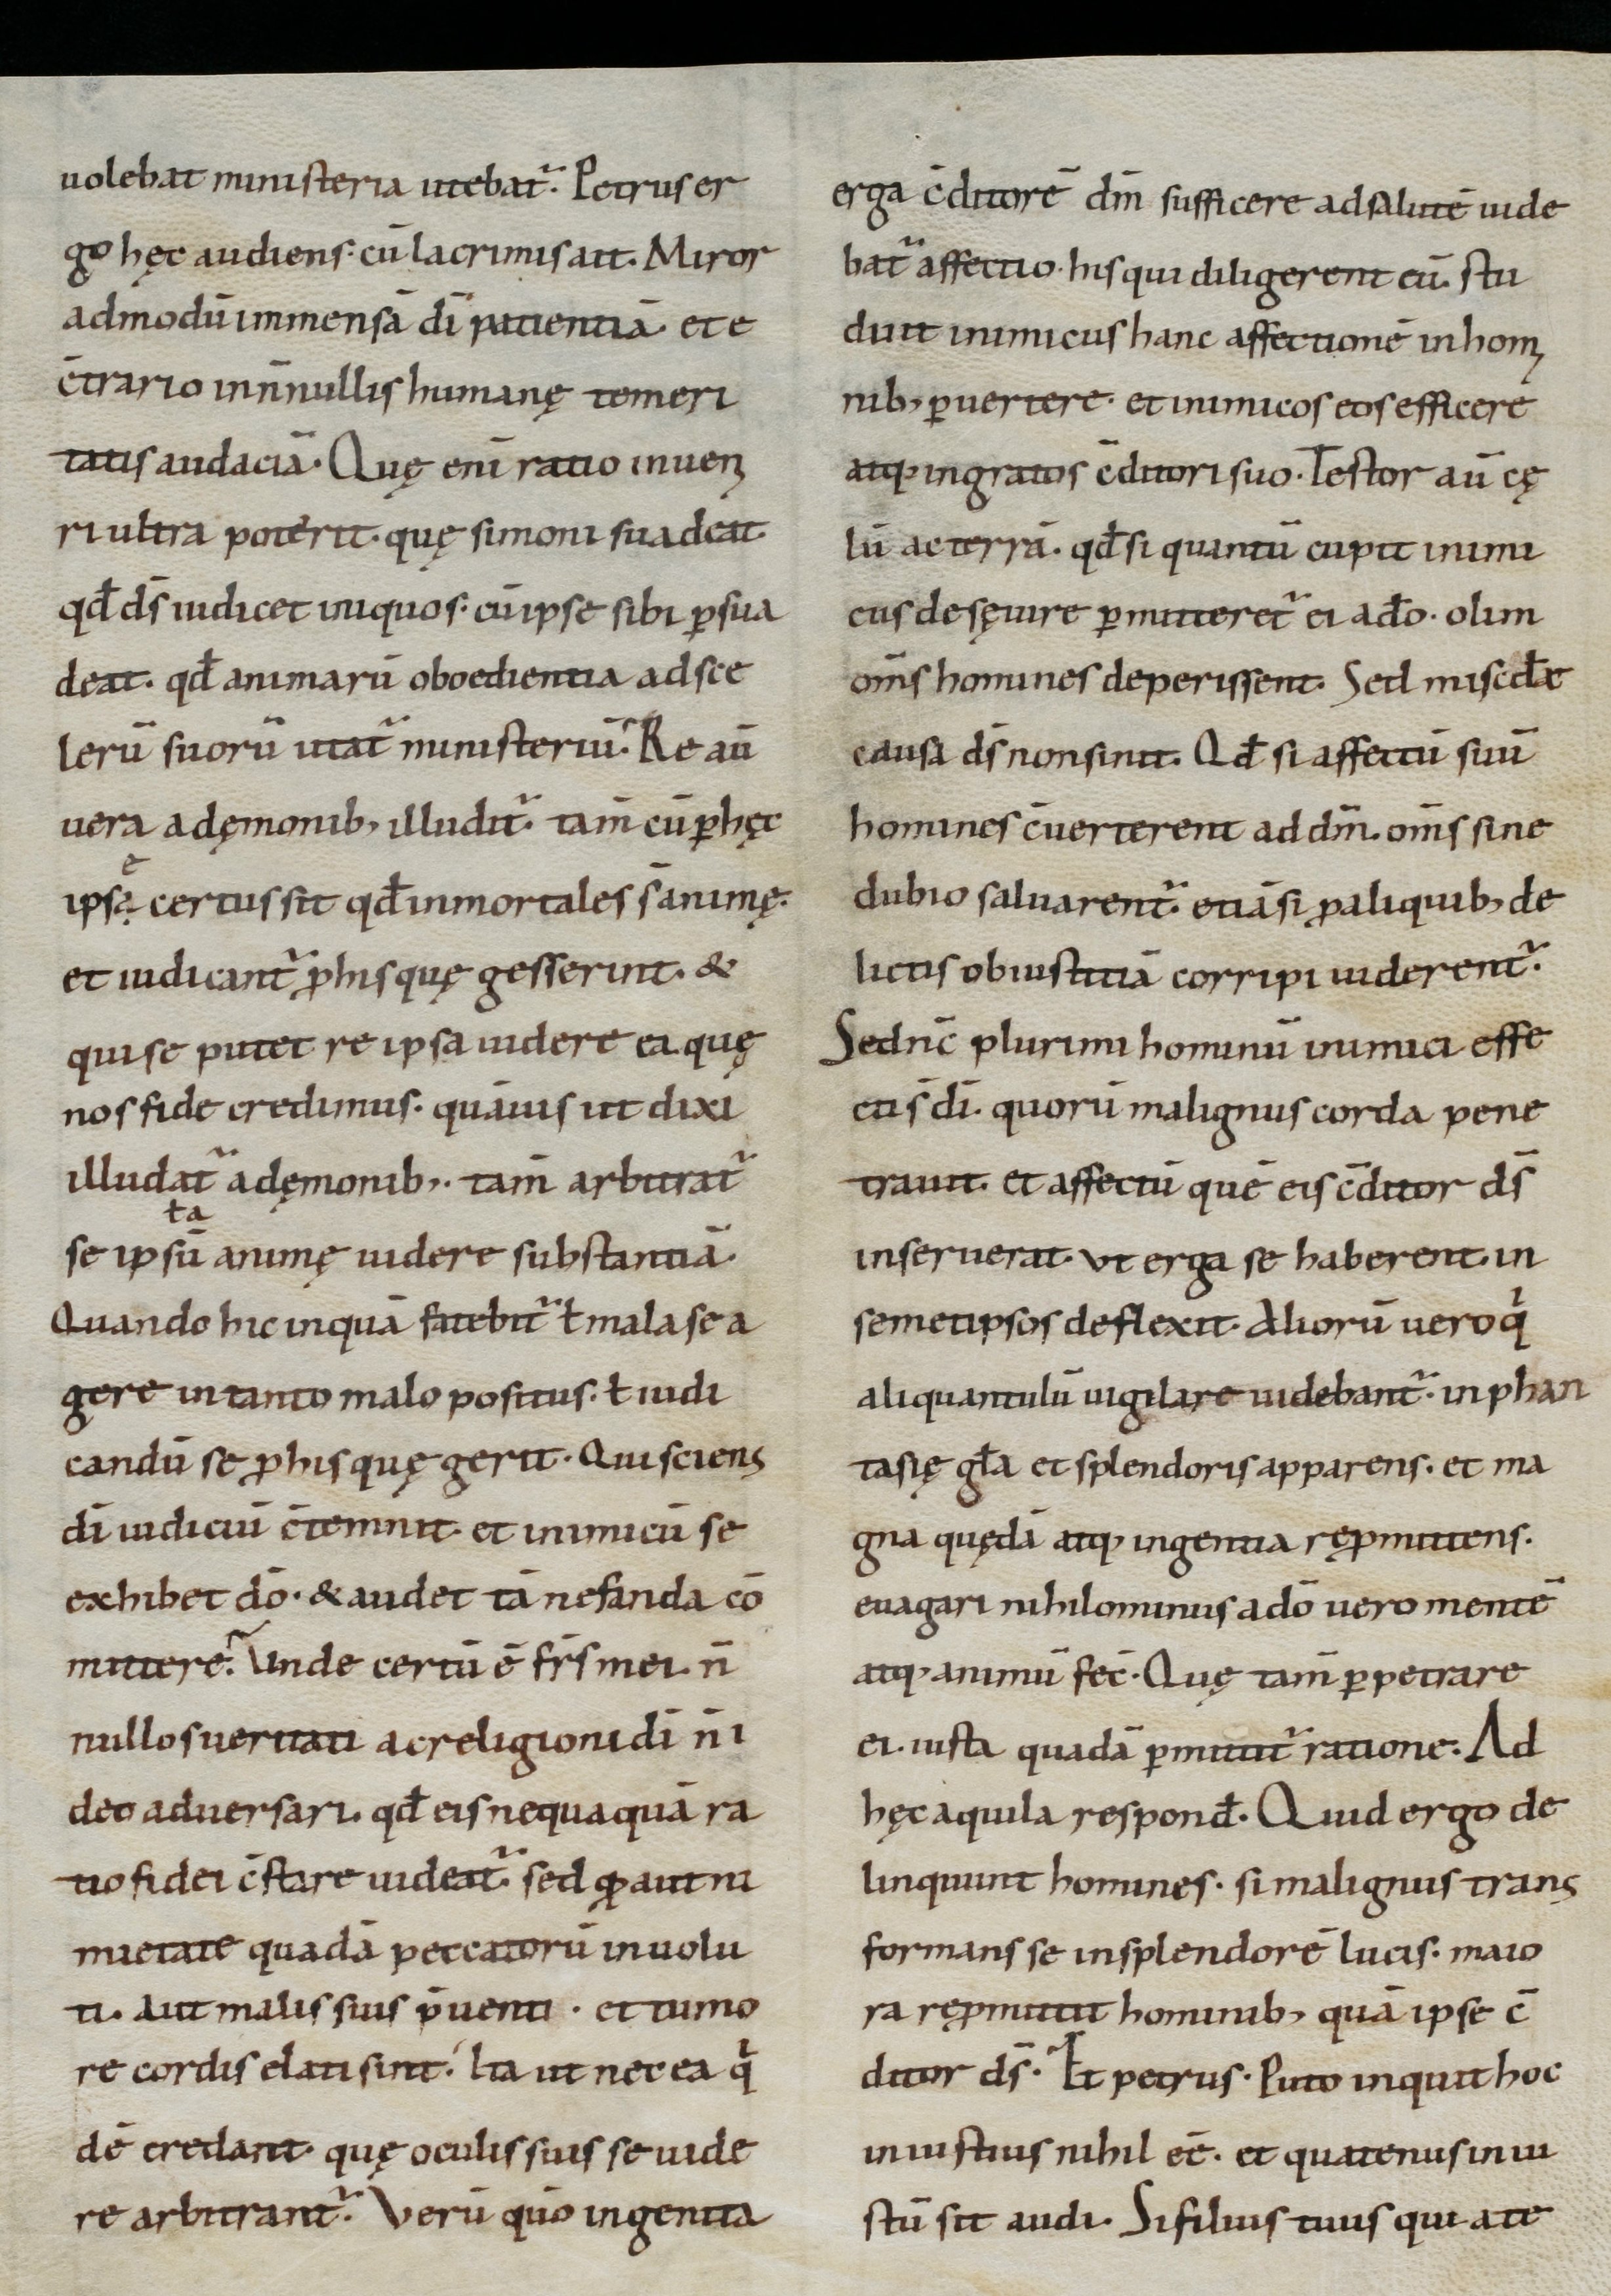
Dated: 800–899